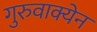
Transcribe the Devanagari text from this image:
गुरुवाक्येन